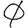
Digit: 0